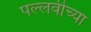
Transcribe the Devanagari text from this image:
पल्लवीच्या